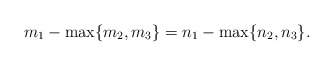
\begin{align*}m_1-\max\{m_2,m_3\}= n_1-\max\{n_2,n_3\}. \end{align*}